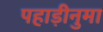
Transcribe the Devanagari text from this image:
पहाड़ीनुमा